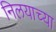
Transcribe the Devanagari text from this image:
निलयाच्या